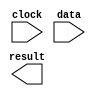
// megafunction wizard: %ALTFP_LOG%VBB%
// GENERATION: STANDARD
// VERSION: WM1.0
// MODULE: ALTFP_LOG 

// ============================================================
// Megafunction Name(s):
// 			ALTFP_LOG
//
// Simulation Library Files(s):
// 			lpm
// ============================================================
// ************************************************************
// THIS IS A WIZARD-GENERATED FILE. DO NOT EDIT THIS FILE!
//
// 13.0.1 Build 232 06/12/2013 SP 1 SJ Web Edition
// ************************************************************

//Copyright (C) 1991-2013 Altera Corporation
//Your use of Altera Corporation's design tools, logic functions 
//and other software and tools, and its AMPP partner logic 
//functions, and any output files from any of the foregoing 
//(including device programming or simulation files), and any 
//associated documentation or information are expressly subject 
//to the terms and conditions of the Altera Program License 
//Subscription Agreement, Altera MegaCore Function License 
//Agreement, or other applicable license agreement, including, 
//without limitation, that your use is for the sole purpose of 
//programming logic devices manufactured by Altera and sold by 
//Altera or its authorized distributors.  Please refer to the 
//applicable agreement for further details.

module log (
	clock,
	data,
	result)/* synthesis synthesis_clearbox = 1 */;

	input	  clock;
	input	[31:0]  data;
	output	[31:0]  result;

endmodule

// ============================================================
// CNX file retrieval info
// ============================================================
// Retrieval info: LIBRARY: altera_mf altera_mf.altera_mf_components.all
// Retrieval info: PRIVATE: INTENDED_DEVICE_FAMILY STRING "Cyclone II"
// Retrieval info: CONSTANT: INTENDED_DEVICE_FAMILY STRING "UNUSED"
// Retrieval info: CONSTANT: LPM_HINT STRING "UNUSED"
// Retrieval info: CONSTANT: LPM_TYPE STRING "altfp_log"
// Retrieval info: CONSTANT: PIPELINE NUMERIC "21"
// Retrieval info: CONSTANT: WIDTH_EXP NUMERIC "8"
// Retrieval info: CONSTANT: WIDTH_MAN NUMERIC "23"
// Retrieval info: USED_PORT: clock 0 0 0 0 INPUT NODEFVAL "clock"
// Retrieval info: CONNECT: @clock 0 0 0 0 clock 0 0 0 0
// Retrieval info: USED_PORT: data 0 0 32 0 INPUT NODEFVAL "data[31..0]"
// Retrieval info: CONNECT: @data 0 0 32 0 data 0 0 32 0
// Retrieval info: USED_PORT: result 0 0 32 0 OUTPUT NODEFVAL "result[31..0]"
// Retrieval info: CONNECT: result 0 0 32 0 @result 0 0 32 0
// Retrieval info: GEN_FILE: TYPE_NORMAL log.v TRUE FALSE
// Retrieval info: GEN_FILE: TYPE_NORMAL log.qip TRUE FALSE
// Retrieval info: GEN_FILE: TYPE_NORMAL log.bsf TRUE TRUE
// Retrieval info: GEN_FILE: TYPE_NORMAL log_inst.v TRUE TRUE
// Retrieval info: GEN_FILE: TYPE_NORMAL log_bb.v TRUE TRUE
// Retrieval info: GEN_FILE: TYPE_NORMAL log.inc TRUE TRUE
// Retrieval info: GEN_FILE: TYPE_NORMAL log.cmp TRUE TRUE
// Retrieval info: LIB_FILE: lpm